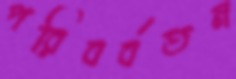
পরিবর্বতন